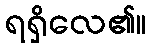
ရရှိလေ၏။